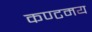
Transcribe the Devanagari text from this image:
कण्टमय